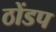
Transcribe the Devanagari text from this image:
ठोंडप